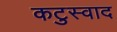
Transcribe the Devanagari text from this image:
कटुस्वाद